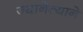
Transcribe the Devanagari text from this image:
ज्यानेत्याने